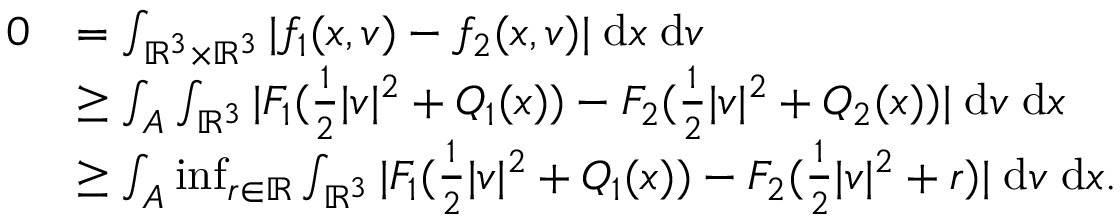
\begin{array} { r l } { 0 } & { = \int _ { { \mathbb R } ^ { 3 } \times { \mathbb R } ^ { 3 } } | f _ { 1 } ( x , v ) - f _ { 2 } ( x , v ) | \; \mathrm { d } { x } \; \mathrm { d } { v } } \\ & { \geq \int _ { A } \int _ { { \mathbb R } ^ { 3 } } | F _ { 1 } ( \frac 1 2 | v | ^ { 2 } + Q _ { 1 } ( x ) ) - F _ { 2 } ( \frac 1 2 | v | ^ { 2 } + Q _ { 2 } ( x ) ) | \; \mathrm { d } { v } \; \mathrm { d } { x } } \\ & { \geq \int _ { A } \operatorname* { i n f } _ { r \in { \mathbb R } } \int _ { { \mathbb R } ^ { 3 } } | F _ { 1 } ( \frac 1 2 | v | ^ { 2 } + Q _ { 1 } ( x ) ) - F _ { 2 } ( \frac 1 2 | v | ^ { 2 } + r ) | \; \mathrm { d } { v } \; \mathrm { d } { x } . } \end{array}